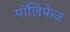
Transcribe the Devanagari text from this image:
पॉलिफेज